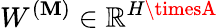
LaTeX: W^{(\mathbf{M})}\in\mathbb{{R}}^{H\timesA}